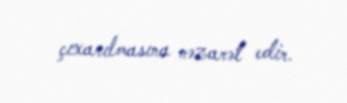
çıxarılmasına nəzarət edir.